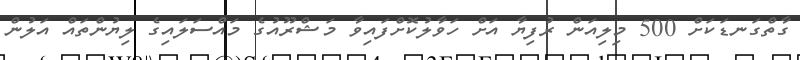
ގާތްގަނޑަކަށް 500 މިލިއަން ރުފިޔާ އަށް ހަވާލުކޮށްފައިވާ މަޝްރޫއުގެ މައްސަލައިގެ ލިޔުންތައް އަލުން